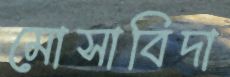
মোসাবিদা